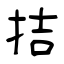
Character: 拮